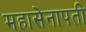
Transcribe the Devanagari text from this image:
महासेनापती